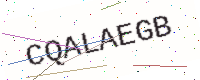
Text: CQALAEGB